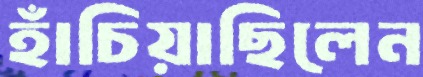
হাঁচিয়াছিলেন